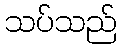
သပ်သည်